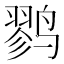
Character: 鹨